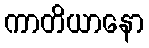
ကာတိယာနော